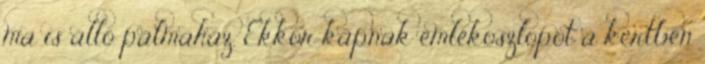
ma is álló pálmaház. Ekkor kapnak emlékoszlopot a kertben